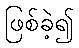
ဖြစ်ခဲ့၍